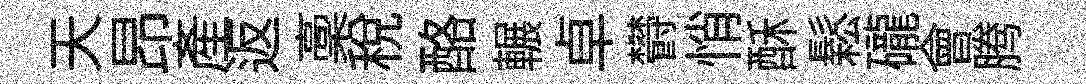
天昂産返稾税酪輾卓欎悄酥鬆礲會腾